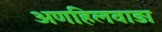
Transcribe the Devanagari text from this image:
अणहिलवाड़ा